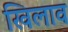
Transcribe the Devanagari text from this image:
खिलाव